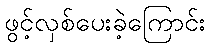
ဖွင့်လှစ်ပေးခဲ့ကြောင်း